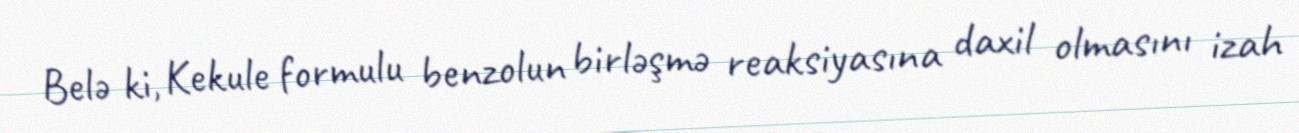
Belə ki, Kekule formulu benzolun birləşmə reaksiyasına daxil olmasını izah